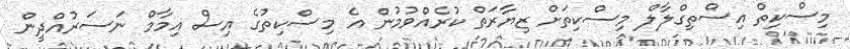
މިސްކިތް އިސްތިގްލާލް މިސްކިތަށް ޒިޔާރަތް ކުރެއްވުމުން އެ މިސްކިތުގެ އިސް އިމާމް ނަސަރުއްދީން